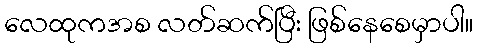
လေထုကအစ လတ်ဆက်ပြီး ဖြစ်နေစေမှာပါ။